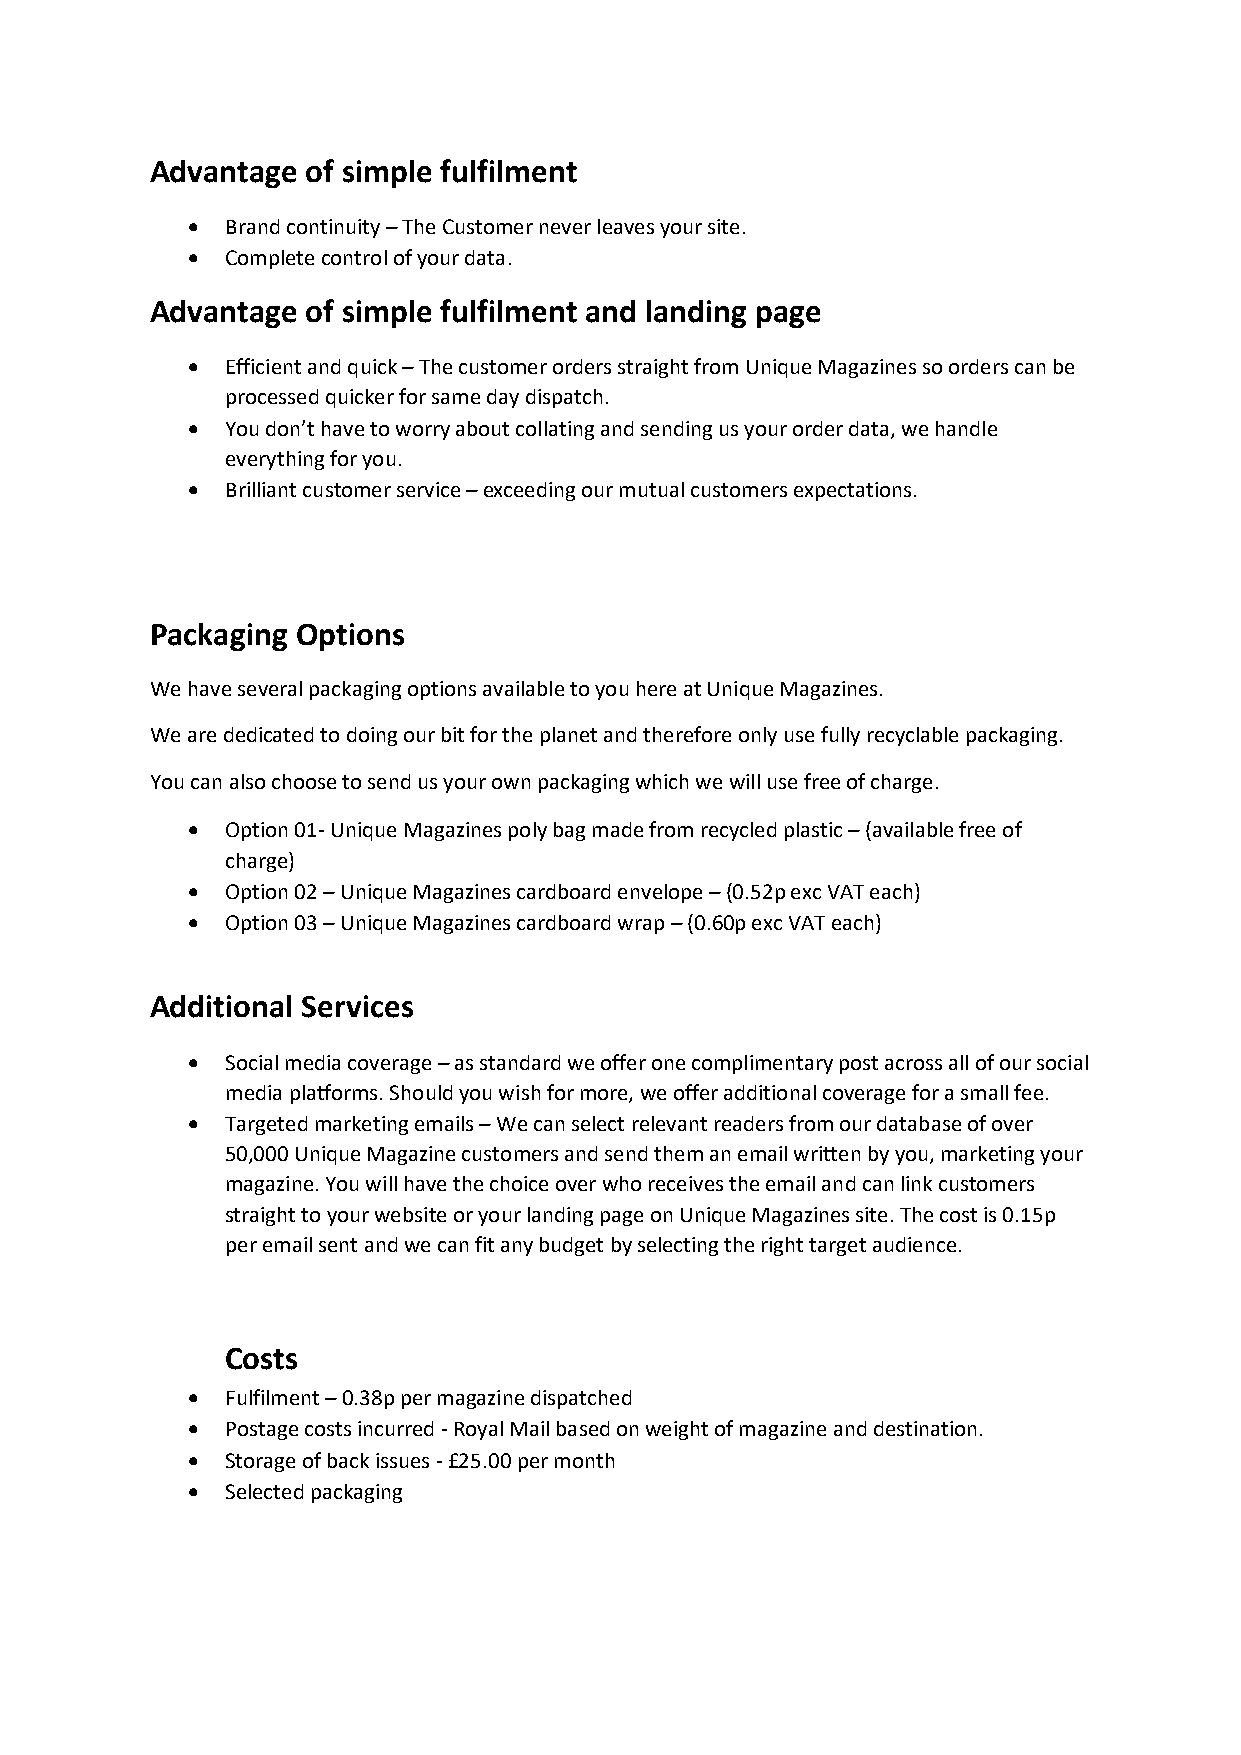
Advantage of simple fulfilment
 •  Brand continuity – The Customer never leaves your site.
 •  Complete control of your data.
 Advantage of simple fulfilment and landing page
 •  Efficient and quick – The customer orders straight from Unique Magazines so orders can be
 processed quicker for same day dispatch.
 •  You don’t have to worry about collating and sending us your order data, we handle
 everything for you.
 •  Brilliant customer service – exceeding our mutual customers expectations.
 Packaging Options
 We have several packaging options available to you here at Unique Magazines.
 We are dedicated to doing our bit for the planet and therefore only use fully recyclable packaging.
 You can also choose to send us your own packaging which we will use free of charge.
 •  Option 01- Unique Magazines poly bag made from recycled plastic – (available free of
 charge)
 •  Option 02 – Unique Magazines cardboard envelope – (0.52p exc VAT each)
 •  Option 03 – Unique Magazines cardboard wrap – (0.60p exc VAT each)
 Additional Services
 •  Social media coverage – as standard we offer one complimentary post across all of our social
 media platforms. Should you wish for more, we offer additional coverage for a small fee.
 •  Targeted marketing emails – We can select relevant readers from our database of over
 50,000 Unique Magazine customers and send them an email written by you, marketing your
 magazine. You will have the choice over who receives the email and can link customers
 straight to your website or your landing page on Unique Magazines site. The cost is 0.15p
 per email sent and we can fit any budget by selecting the right target audience.
 Costs
 •  Fulfilment – 0.38p per magazine dispatched
 •  Postage costs incurred - Royal Mail based on weight of magazine and destination.
 •  Storage of back issues - £25.00 per month
 •  Selected packaging